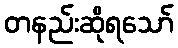
တနည်းဆိုရသော်